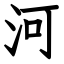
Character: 河